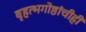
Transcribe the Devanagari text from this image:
बृहत्भगोष्ठांचीही